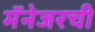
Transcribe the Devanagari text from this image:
मॅनेजरची